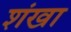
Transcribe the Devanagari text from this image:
शंखा